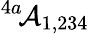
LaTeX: ^{4a}\! {\cal A}_{1,234}